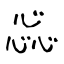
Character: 惢